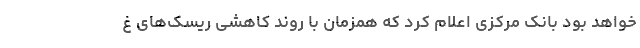
خواهد بود بانک مرکزی اعلام کرد که همزمان با روند کاهشی ریسک‌های غ